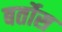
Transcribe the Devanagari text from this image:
बर्तोस